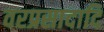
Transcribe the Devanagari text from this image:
वरप्रसादादि